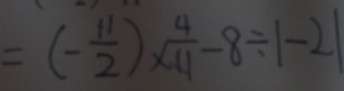
= ( - \frac { 1 1 } { 2 } ) \times \frac { 4 } { 1 1 } - 8 \div \vert - 2 \vert